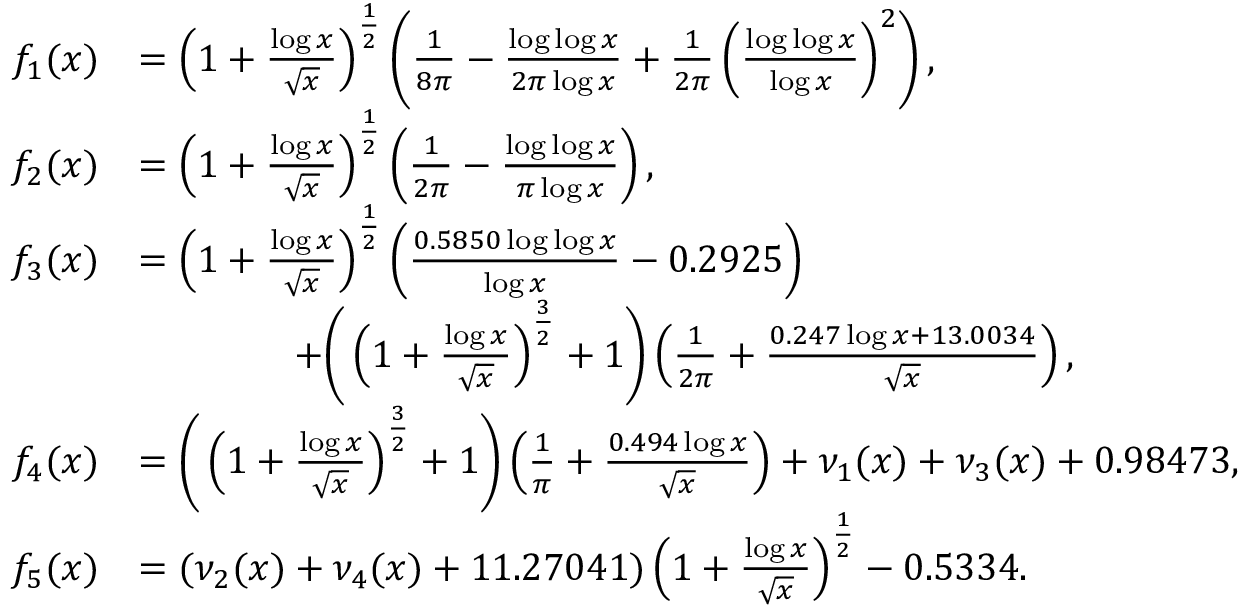
\begin{array} { r l } { f _ { 1 } ( x ) } & { = \left( 1 + \frac { \log { x } } { \sqrt { x } } \right) ^ { \frac { 1 } { 2 } } \left( \frac { 1 } { 8 \pi } - \frac { \log \log { x } } { 2 \pi \log { x } } + \frac { 1 } { 2 \pi } \left( \frac { \log \log { x } } { \log { x } } \right) ^ { 2 } \right) , } \\ { f _ { 2 } ( x ) } & { = \left( 1 + \frac { \log { x } } { \sqrt { x } } \right) ^ { \frac { 1 } { 2 } } \left( \frac { 1 } { 2 \pi } - \frac { \log \log { x } } { \pi \log { x } } \right) , } \\ { f _ { 3 } ( x ) } & { = \left( 1 + \frac { \log { x } } { \sqrt { x } } \right) ^ { \frac { 1 } { 2 } } \left( \frac { 0 . 5 8 5 0 \log \log { x } } { \log { x } } - 0 . 2 9 2 5 \right) } \\ & { \qquad \qquad + \bigg ( \left( 1 + \frac { \log { x } } { \sqrt { x } } \right) ^ { \frac { 3 } { 2 } } + 1 \bigg ) \left( \frac { 1 } { 2 \pi } + \frac { 0 . 2 4 7 \log { x } + 1 3 . 0 0 3 4 } { \sqrt { x } } \right) , } \\ { f _ { 4 } ( x ) } & { = \bigg ( \left( 1 + \frac { \log { x } } { \sqrt { x } } \right) ^ { \frac { 3 } { 2 } } + 1 \bigg ) \left( \frac { 1 } { \pi } + \frac { 0 . 4 9 4 \log { x } } { \sqrt { x } } \right) + \nu _ { 1 } ( x ) + \nu _ { 3 } ( x ) + 0 . 9 8 4 7 3 , } \\ { f _ { 5 } ( x ) } & { = ( \nu _ { 2 } ( x ) + \nu _ { 4 } ( x ) + 1 1 . 2 7 0 4 1 ) \left( 1 + \frac { \log { x } } { \sqrt { x } } \right) ^ { \frac { 1 } { 2 } } - 0 . 5 3 3 4 . } \end{array}